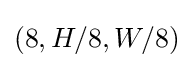
(8,H/8,W/8)